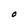
Character: O